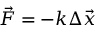
{ \vec { F } } = - k \Delta { \vec { x } }